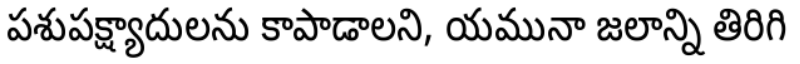
పశుపక్ష్యాదులను కాపాడాలని, యమునా జలాన్ని తిరిగి